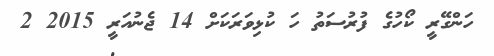
ހަންގޭރީ ކޯހުގެ ފުރުސަތު ހަ ކުޅިވަރަކަށް 14 ޖެނުއަރީ 2015 2